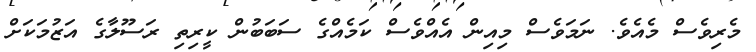
މެރިވެސް މެއެވެ. ނަމަވެސް މިއިން އެއްވެސް ކަމެއްގެ ސަބަބުން ކީރިތި ރަސޫލާގެ އަޒުމަކަށް